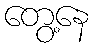
တွေ့နေ